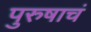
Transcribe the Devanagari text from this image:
पुरुषाचं